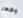
وظهر